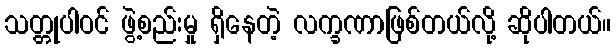
သတ္တုပါဝင် ဖွဲ့စည်းမှု ရှိနေတဲ့ လက္ခဏာဖြစ်တယ်လို့ ဆိုပါတယ်။